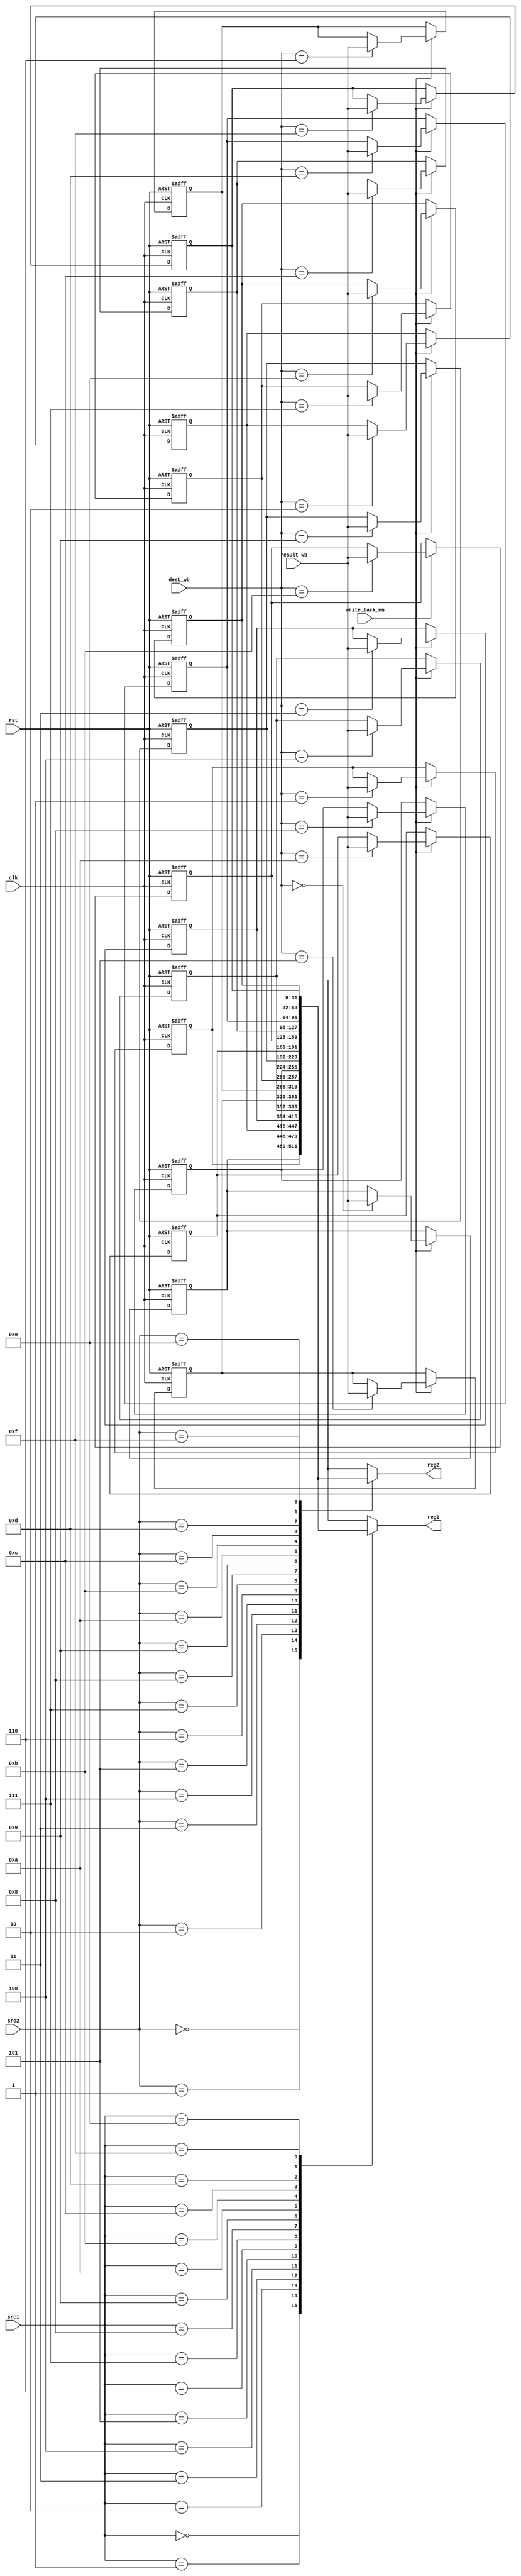
module register_file(input clk, rst, write_back_en, input [3:0] src1, src2, dest_wb, input[31:0] result_wb, output[31:0] reg1, reg2);
                    
    integer counter = 0;
    reg[31:0] data[0:15];

    assign reg1 = data[src1];
    assign reg2 = data[src2];

    always @(negedge clk, posedge rst) begin
		if (rst) begin
			for(counter=0; counter < 16; counter=counter+1)
				data[counter] <= counter;
        end
        else if (write_back_en) data[dest_wb] <= result_wb;
	end

endmodule